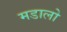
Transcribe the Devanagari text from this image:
मडालो